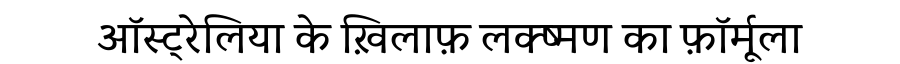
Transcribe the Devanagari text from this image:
ऑस्ट्रेलिया के ख़िलाफ़ लक्ष्मण का फ़ॉर्मूला